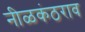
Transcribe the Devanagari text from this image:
नीळकंठराव